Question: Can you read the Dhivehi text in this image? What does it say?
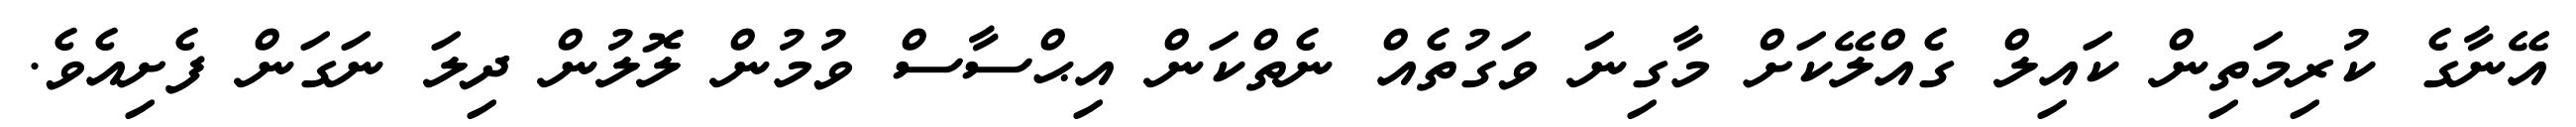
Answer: އޭނާގެ ކުރިމަތިން ކައިލް ގެއްލޭކަށް މާގިނަ ވަގުތެއް ނެތްކަން އިޙްސާސް ވުމުން ލޮލުން ދިލަ ނަގަން ފެށިއެވެ.